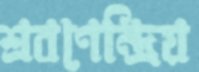
শ্রবণেন্দ্রিয়